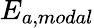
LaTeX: E_{a,modal}